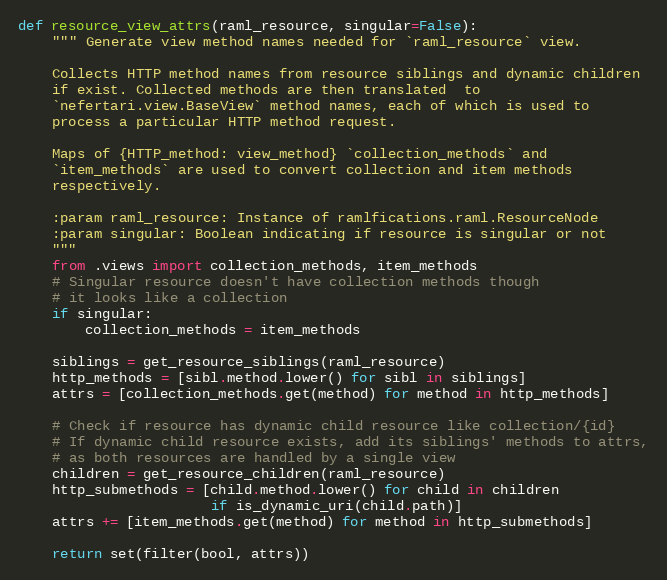
Language: Python
def resource_view_attrs(raml_resource, singular=False):
    """ Generate view method names needed for `raml_resource` view.

    Collects HTTP method names from resource siblings and dynamic children
    if exist. Collected methods are then translated  to
    `nefertari.view.BaseView` method names, each of which is used to
    process a particular HTTP method request.

    Maps of {HTTP_method: view_method} `collection_methods` and
    `item_methods` are used to convert collection and item methods
    respectively.

    :param raml_resource: Instance of ramlfications.raml.ResourceNode
    :param singular: Boolean indicating if resource is singular or not
    """
    from .views import collection_methods, item_methods
    # Singular resource doesn't have collection methods though
    # it looks like a collection
    if singular:
        collection_methods = item_methods

    siblings = get_resource_siblings(raml_resource)
    http_methods = [sibl.method.lower() for sibl in siblings]
    attrs = [collection_methods.get(method) for method in http_methods]

    # Check if resource has dynamic child resource like collection/{id}
    # If dynamic child resource exists, add its siblings' methods to attrs,
    # as both resources are handled by a single view
    children = get_resource_children(raml_resource)
    http_submethods = [child.method.lower() for child in children
                       if is_dynamic_uri(child.path)]
    attrs += [item_methods.get(method) for method in http_submethods]

    return set(filter(bool, attrs))